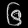
Digit: ၆